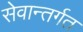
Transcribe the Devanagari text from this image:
सेवान्तर्गत